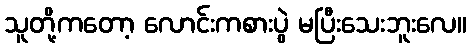
သူတို့ကတော့ လောင်းကစားပွဲ မပြီးသေးဘူးလေ။